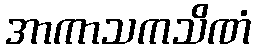
အာကာသကသိဏံ